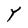
Character: Y